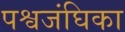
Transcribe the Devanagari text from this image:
पश्वजंघिका